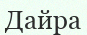
Дайра